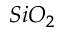
S i O _ { 2 }